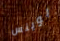
بوينس